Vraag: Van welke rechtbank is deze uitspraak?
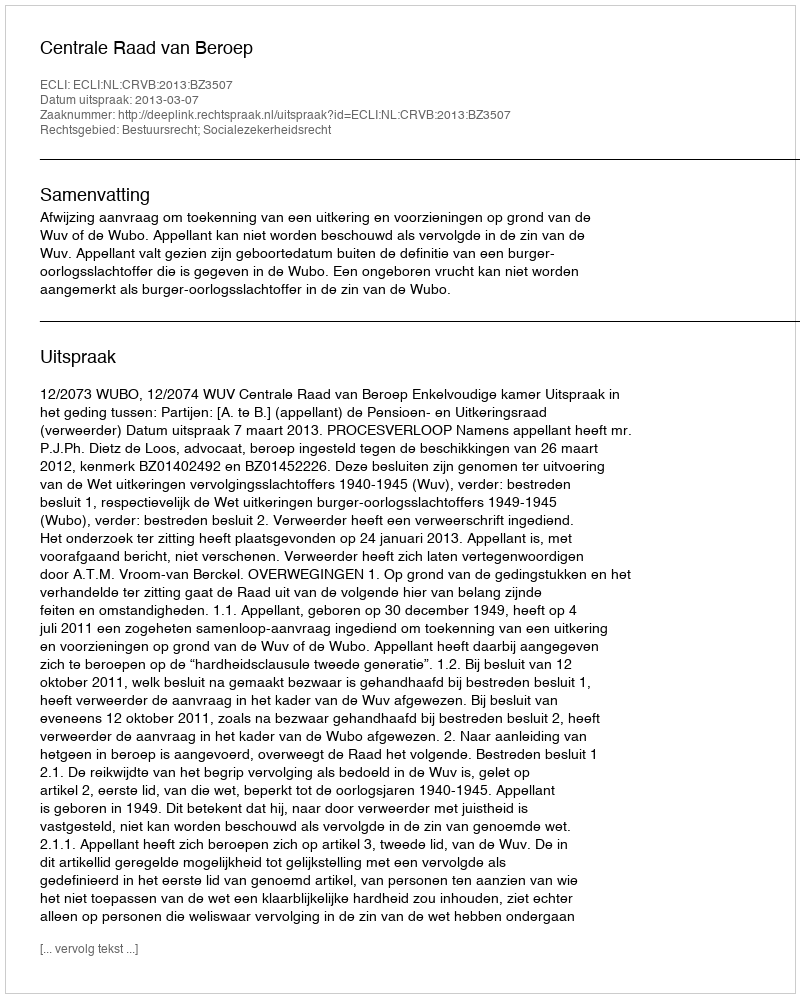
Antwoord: Centrale Raad van Beroep